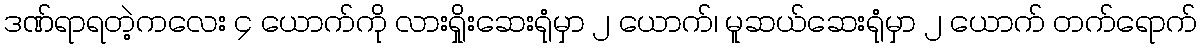
ဒဏ်ရာရတဲ့ကလေး ၄ ယောက်ကို လားရှိုးဆေးရုံမှာ ၂ ယောက်၊ မူဆယ်ဆေးရုံမှာ ၂ ယောက် တက်ရောက်